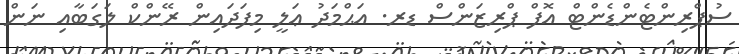
ސުޕްރިންޓެންޑެންޓް އޮފް ޕްރިޒަންސް ޑރ. އަޙްމަދު ޢަލީ މިފަދައިން ރޭންކް ލަގަބާއި ނަން